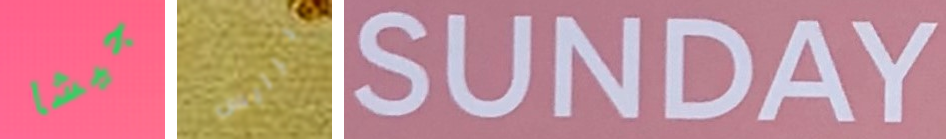
جيشا برايس SUNDAY